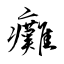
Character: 癱